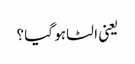
یعنی الٹا ہو گیا ؟